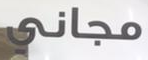
مجاني